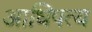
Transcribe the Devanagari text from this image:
आधिपत्य